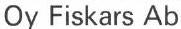
Oy Fiskars Ab